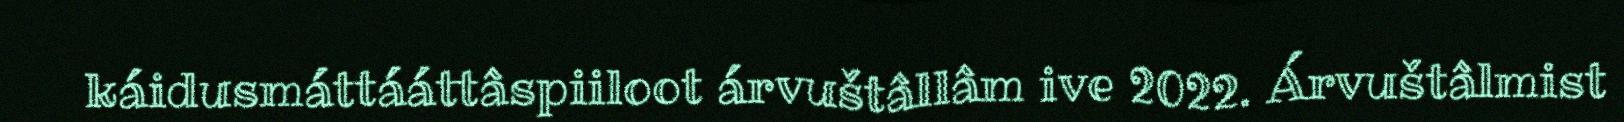
káidusmáttááttâspiiloot árvuštâllâm ive 2022. Árvuštâlmist